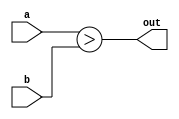
`timescale 1ns / 1ps
//////////////////////////////////////////////////////////////////////////////////
// Company: 
// Engineer: 
// 
// Design Name: 
// Module Name: consilium_ps1
// Project Name: 
// Target Devices: 
// Tool Versions: 
// Description: 
// 
// Dependencies: 
// 
// Revision:
// Revision 0.01 - File Created
// Additional Comments:
// 
//////////////////////////////////////////////////////////////////////////////////

module comparator(output out,input [4:0]b,a);
assign out=a>b;

endmodule

module adder(output [16:0]out,input [16:0]s,c);
assign out=s+c;
endmodule

module shift_register1(output reg [16:0]out, input [16:0]d,input s0,s1,clock,reset);
always @(posedge clock)
begin
if(reset==1'b0)
out<=4'b0101;
else
begin
if(s0==1'b1 && s1==1'b1)
out<=d;
else if(s0==1'b0 && s1==1'b0)
out<=out;
end
end
endmodule

module shift_register2(output reg [16:0]out, input [16:0]d,input s0,s1,clock,reset);
always @(posedge clock)
begin
if(reset==1'b0)
out<=4'b0111;
else
begin
if(s0==1'b1 && s1==1'b1)
out<=d;
else if(s0==1'b0 && s1==1'b0)
out<=out;
end
end
endmodule

module syn_counter(output reg[4:0]out,input ent,clock);
initial out=5'b00000;
always @(posedge clock)
begin
if(ent)
out<=out+1'b1;
end
endmodule


module Team_SSS(output [16:0]sr1_out,input [4:0]a,input clock,reset);
wire c1_out;
wire [4:0]sc1_out;
wire [16:0]sr2_out;
wire [16:0]a1_out;
shift_register2 sr2(sr2_out,a1_out,c1_out,c1_out,clock,reset);
shift_register1 sr1(sr1_out,sr2_out,c1_out,c1_out,clock,reset);
adder a1(a1_out,sr1_out,sr2_out);
comparator c1(c1_out,sc1_out,a);
syn_counter sc1(sc1_out,c1_out,clock);
endmodule